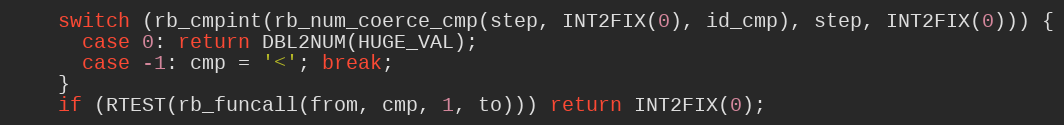
Language: C
	switch (rb_cmpint(rb_num_coerce_cmp(step, INT2FIX(0), id_cmp), step, INT2FIX(0))) {
	  case 0: return DBL2NUM(HUGE_VAL);
	  case -1: cmp = '<'; break;
	}
	if (RTEST(rb_funcall(from, cmp, 1, to))) return INT2FIX(0);